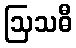
ဩသဓီ